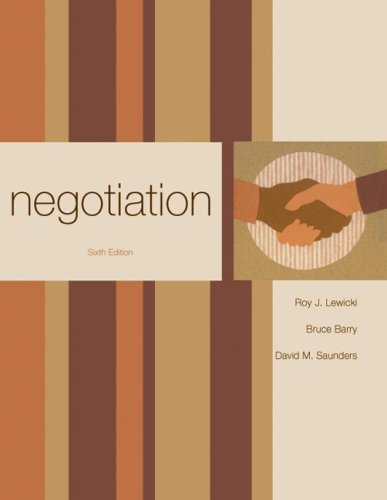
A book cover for Negotiation; Roy Lewicki; Business & Money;